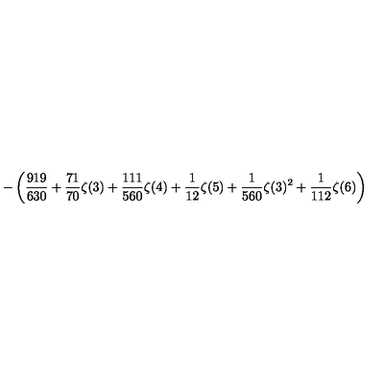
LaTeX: \displaystyle - \left( \frac { 9 1 9 } { 6 3 0 } + \frac { 7 1 } { 7 0 } \zeta ( 3 ) + \frac { 1 1 1 } { 5 6 0 } \zeta ( 4 ) + \frac { 1 } { 1 2 } \zeta ( 5 ) + \frac { 1 } { 5 6 0 } \zeta ( 3 ) ^ { 2 } + \frac { 1 } { 1 1 2 } \zeta ( 6 ) \right)